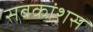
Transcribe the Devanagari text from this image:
सबकांशस